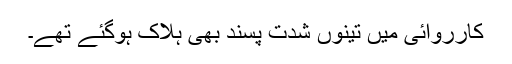
کارروائی میں تینوں شدت پسند بھی ہلاک ہوگئے تھے۔